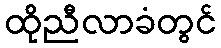
ထိုညီလာခံတွင်